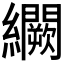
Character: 𬘒